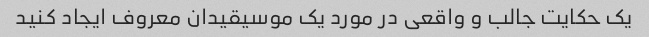
یک حکایت جالب و واقعی در مورد یک موسیقیدان معروف ایجاد کنید